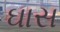
ઘાસ